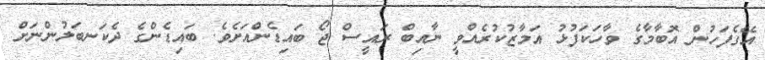
އޭގެފަހުން އޮބާމާގެ ވާހަކަފުޅު އަމާޒުކުރެއްވީ ނާއިބް ރައީސް ޖޯ ބައިޑެންއަށެވެ. ބައިޑެންގެ ދެކަނބަލުންނަށް